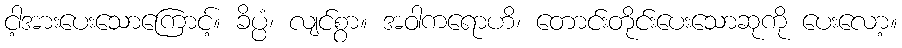
ငါ့အားပေးသောကြောင့်။ ခိပ္ပံ၊ လျင်စွာ။ အဝါကရောဟိ၊ တောင်းတိုင်းပေးသောဆုကို ပေးလော့။